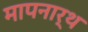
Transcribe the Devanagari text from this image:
मापनार्थ